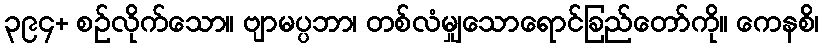
၃၉၄+ စဉ်လိုက်သော။ ဗျာမပ္ပဘာ၊ တစ်လံမျှသောရောင်ခြည်တော်ကို။ ကေနစိ၊